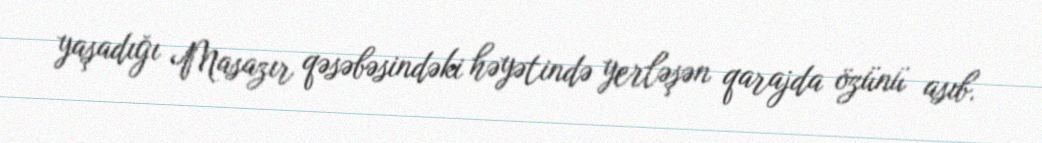
yaşadığı Masazır qəsəbəsindəki həyətində yerləşən qarajda özünü asıb.